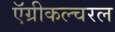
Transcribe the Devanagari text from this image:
ऍग्रीकल्चरल